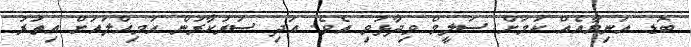
ބޮޑ އަނިޔާއެއް ކަމަށް ސަލީމް ވިދާޅުވި އެވެ. އަދި ސަރުކާރުން އަމިއްލައަށް އިތުރު